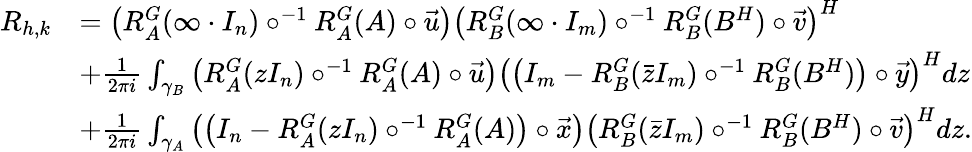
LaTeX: \begin{array}{rl}{R_{h,k}}&{=\left(R_{A}^{G}(\infty\cdot I_{n})\circ^{-1}R_{A}^{G}(A)\circ\vec{u}\right)\left(R_{B}^{G}(\infty\cdot I_{m})\circ^{-1}R_{B}^{G}(B^{H})\circ\vec{v}\right)^{H}}\\ &{+\frac{1}{2\pi i}\int_{\gamma_{B}}\left(R_{A}^{G}(zI_{n})\circ^{-1}R_{A}^{G}(A)\circ\vec{u}\right)\left(\left(I_{m}-R_{B}^{G}(\bar{z}I_{m})\circ^{-1}R_{B}^{G}(B^{H})\right)\circ\vec{y}\right)^{H}dz}\\ &{+\frac{1}{2\pi i}\int_{\gamma_{A}}\left(\left(I_{n}-R_{A}^{G}(zI_{n})\circ^{-1}R_{A}^{G}(A)\right)\circ\vec{x}\right)\left(R_{B}^{G}(\bar{z}I_{m})\circ^{-1}R_{B}^{G}(B^{H})\circ\vec{v}\right)^{H}dz.}\end{array}